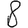
Digit: 8